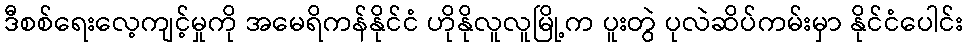
ဒီစစ်ရေးလေ့ကျင့်မှုကို အမေရိကန်နိုင်ငံ ဟိုနိုလူလူမြို့က ပူးတွဲ ပုလဲဆိပ်ကမ်းမှာ နိုင်ငံပေါင်း